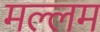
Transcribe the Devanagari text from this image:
मल्लम